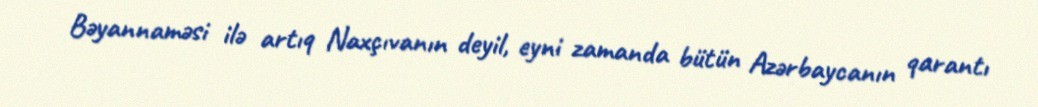
Bəyannaməsi ilə artıq Naxçıvanın deyil, eyni zamanda bütün Azərbaycanın qarantı